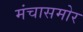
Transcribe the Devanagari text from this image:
मंचासमोर